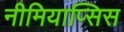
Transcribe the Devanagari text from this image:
नीमियाप्सिस